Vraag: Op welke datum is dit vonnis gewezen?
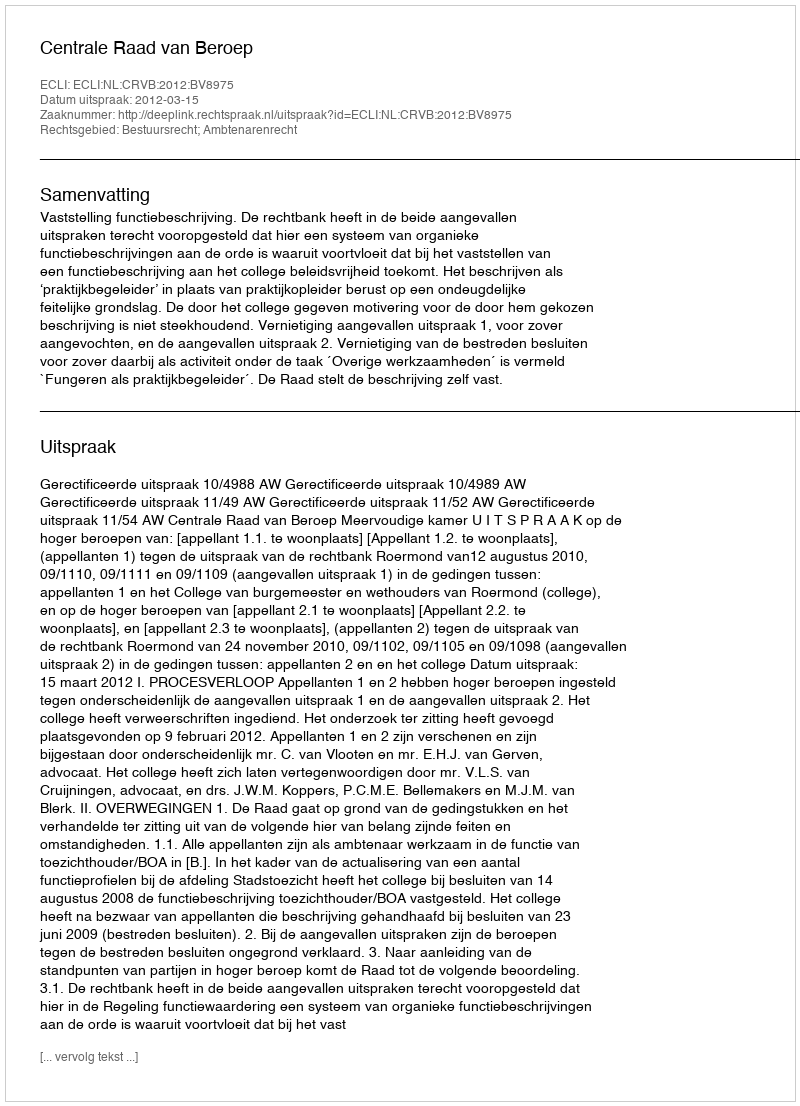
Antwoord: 2012-03-15